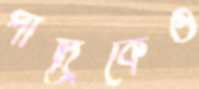
পাদ্রিকেও